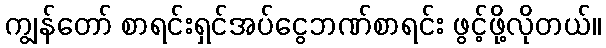
ကျွန်တော် စာရင်းရှင်အပ်ငွေဘဏ်စာရင်း ဖွင့်ဖို့လိုတယ်။